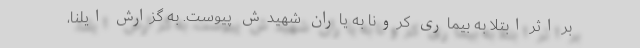
بر اثر ابتلا به بیماری کرونا به یاران شهیدش پیوست. به گزارش ایلنا،